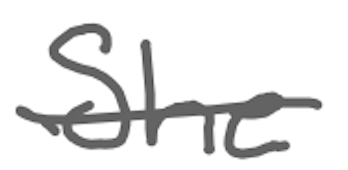
Text: She
Cross-out: single-line
Writing tool: digital_gray